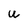
Character: u